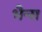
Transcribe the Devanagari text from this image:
भैन्स